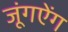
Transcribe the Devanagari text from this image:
जूंगऐंग